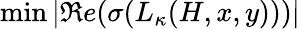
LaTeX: \textrm{min}\, |\Re e(\sigma(L_{\kappa}(H,x,y)))|